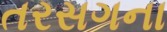
તરસગના